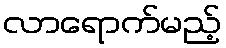
လာရောက်မည့်